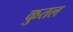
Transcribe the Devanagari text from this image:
कुतल